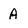
Character: A